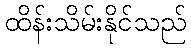
ထိန်းသိမ်းနိုင်သည်